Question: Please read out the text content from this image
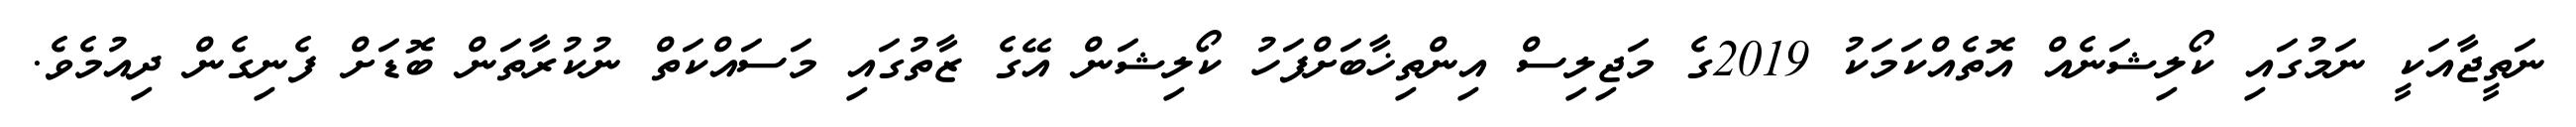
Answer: ނަތީޖާއަކީ ނަމުގައި ކޯލިޝަނެއް އޮތެއްކަމަކު 2019ގެ މަޖިލިސް އިންތިޚާބަށްފަހު ކޯލިޝަން އޭގެ ޒާތުގައި މަސައްކަތް ނުކުރާތަން ބޮޑަށް ފެނިގެން ދިއުމެވެ.